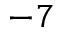
^ { - 7 }